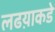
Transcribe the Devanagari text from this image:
लढय़ाकडे